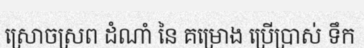
ស្រោចស្រព ដំណាំ នៃ គម្រោង ប្រើប្រាស់ ទឹក